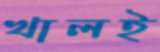
খালই